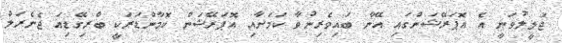
ޖަލީލުވަނީ އެ އޮޕަރޭޝަންގައި އޭނާ ބައިވެރިނުވާ ކަމަށާއި އޮޕަރޭޝަން ކޮމާންޑަރަކީ ބްރިގޭޑިއަ ޖެނެރަލް